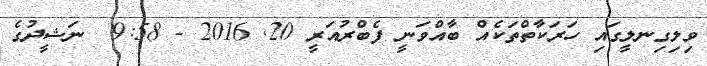
ވިލިގިނލީގައި ހަރަކާތްތަކެއް ބާއްވަނީ ފެބްރުއަރީ 20